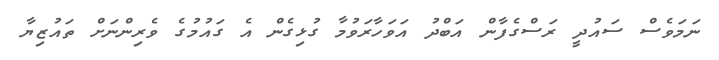
ނަމަވެސް ސައުދީ ރަސްގެފާން އަބްދު އަވަހާރަވުމާ ގުޅިގެން އެ ގައުމުގެ ވެރިންނަށް ތައުޒިޔާ